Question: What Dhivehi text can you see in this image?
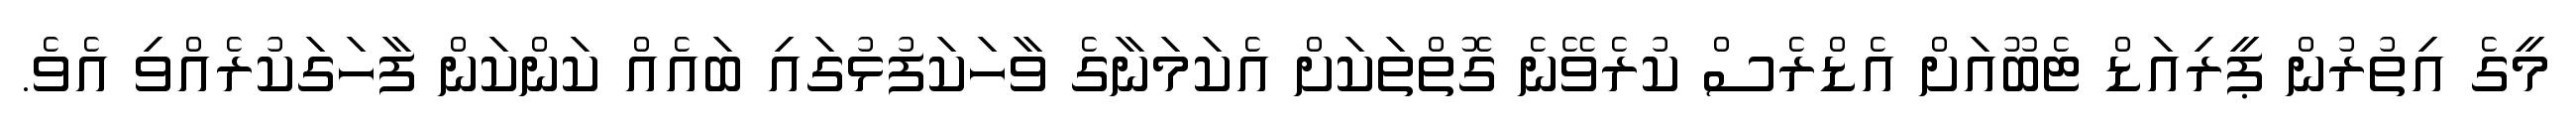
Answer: މީގެ އިތުރުން ޕީރިއަޑް ޓެބޫއަށް އެޑްރެސް ކުރެވޭނެ ގޮތްތަކަށް އެކަމަނާގެ ވާހަކަފުޅުގައި ބައެއް ކަންކަން ފާހަގަކުރެއްވި އެވެ.